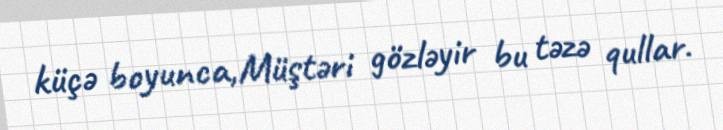
küçə boyunca,Müştəri gözləyir bu təzə qullar.